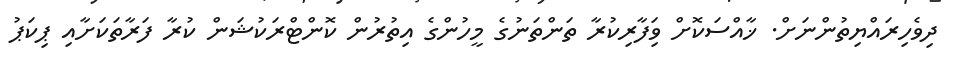
ދިވެހިރައްޔިތުންނަށް. ޚާއްސަކޮށް ވިަފާރިކުރާ ތަންތަނުގެ މީހުންގެ އިތުރުން ކޮންޓްރަކުޝަން ކުރާ ފަރާތަކަށާއި ޕިކަޕު